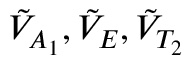
\tilde { V } _ { A _ { 1 } } , \tilde { V } _ { E } , \tilde { V } _ { T _ { 2 } }